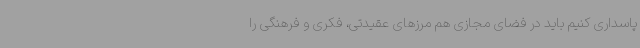
پاسداری کنیم باید در فضای مجازی هم مرزهای عقیدتی، فکری و فرهنگی را